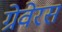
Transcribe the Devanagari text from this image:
ग्रेवेरस